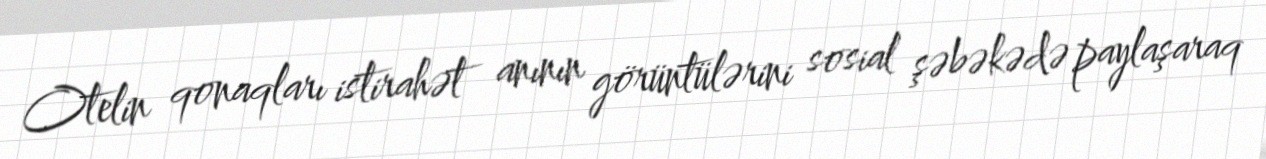
Otelin qonaqları istirahət anının görüntülərini sosial şəbəkədə paylaşaraq